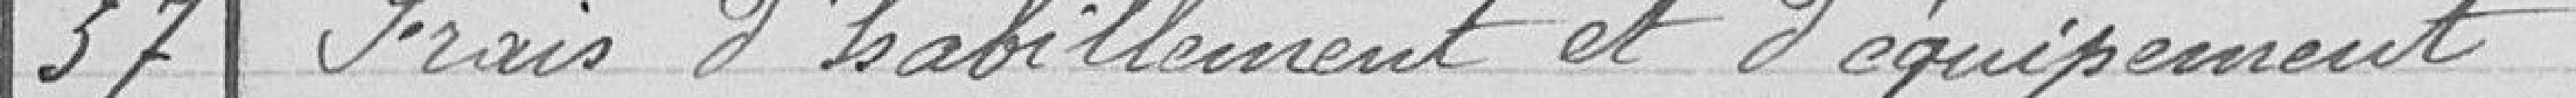
37 Frais d'habillement et d'équipement